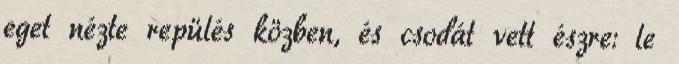
eget nézte repülés közben, és csodát vett észre: le